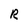
Character: R